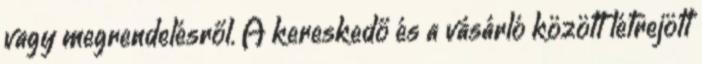
vagy megrendelésről. A kereskedő és a vásárló között létrejött